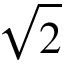
\sqrt 2